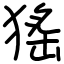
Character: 猺